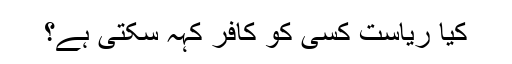
کیا ریاست کسی کو کافر کہہ سکتی ہے؟